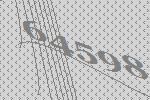
64598